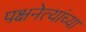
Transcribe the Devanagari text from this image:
पक्षनेत्यांच्या